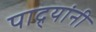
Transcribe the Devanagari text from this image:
पाद्र्यांनी